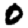
Digit: 0